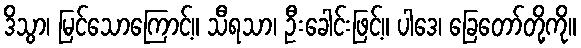
ဒိသွာ၊ မြင်သောကြောင့်။ သီရသာ၊ ဦးခေါင်းဖြင့်။ ပါဒေ၊ ခြေတော်တို့ကို။